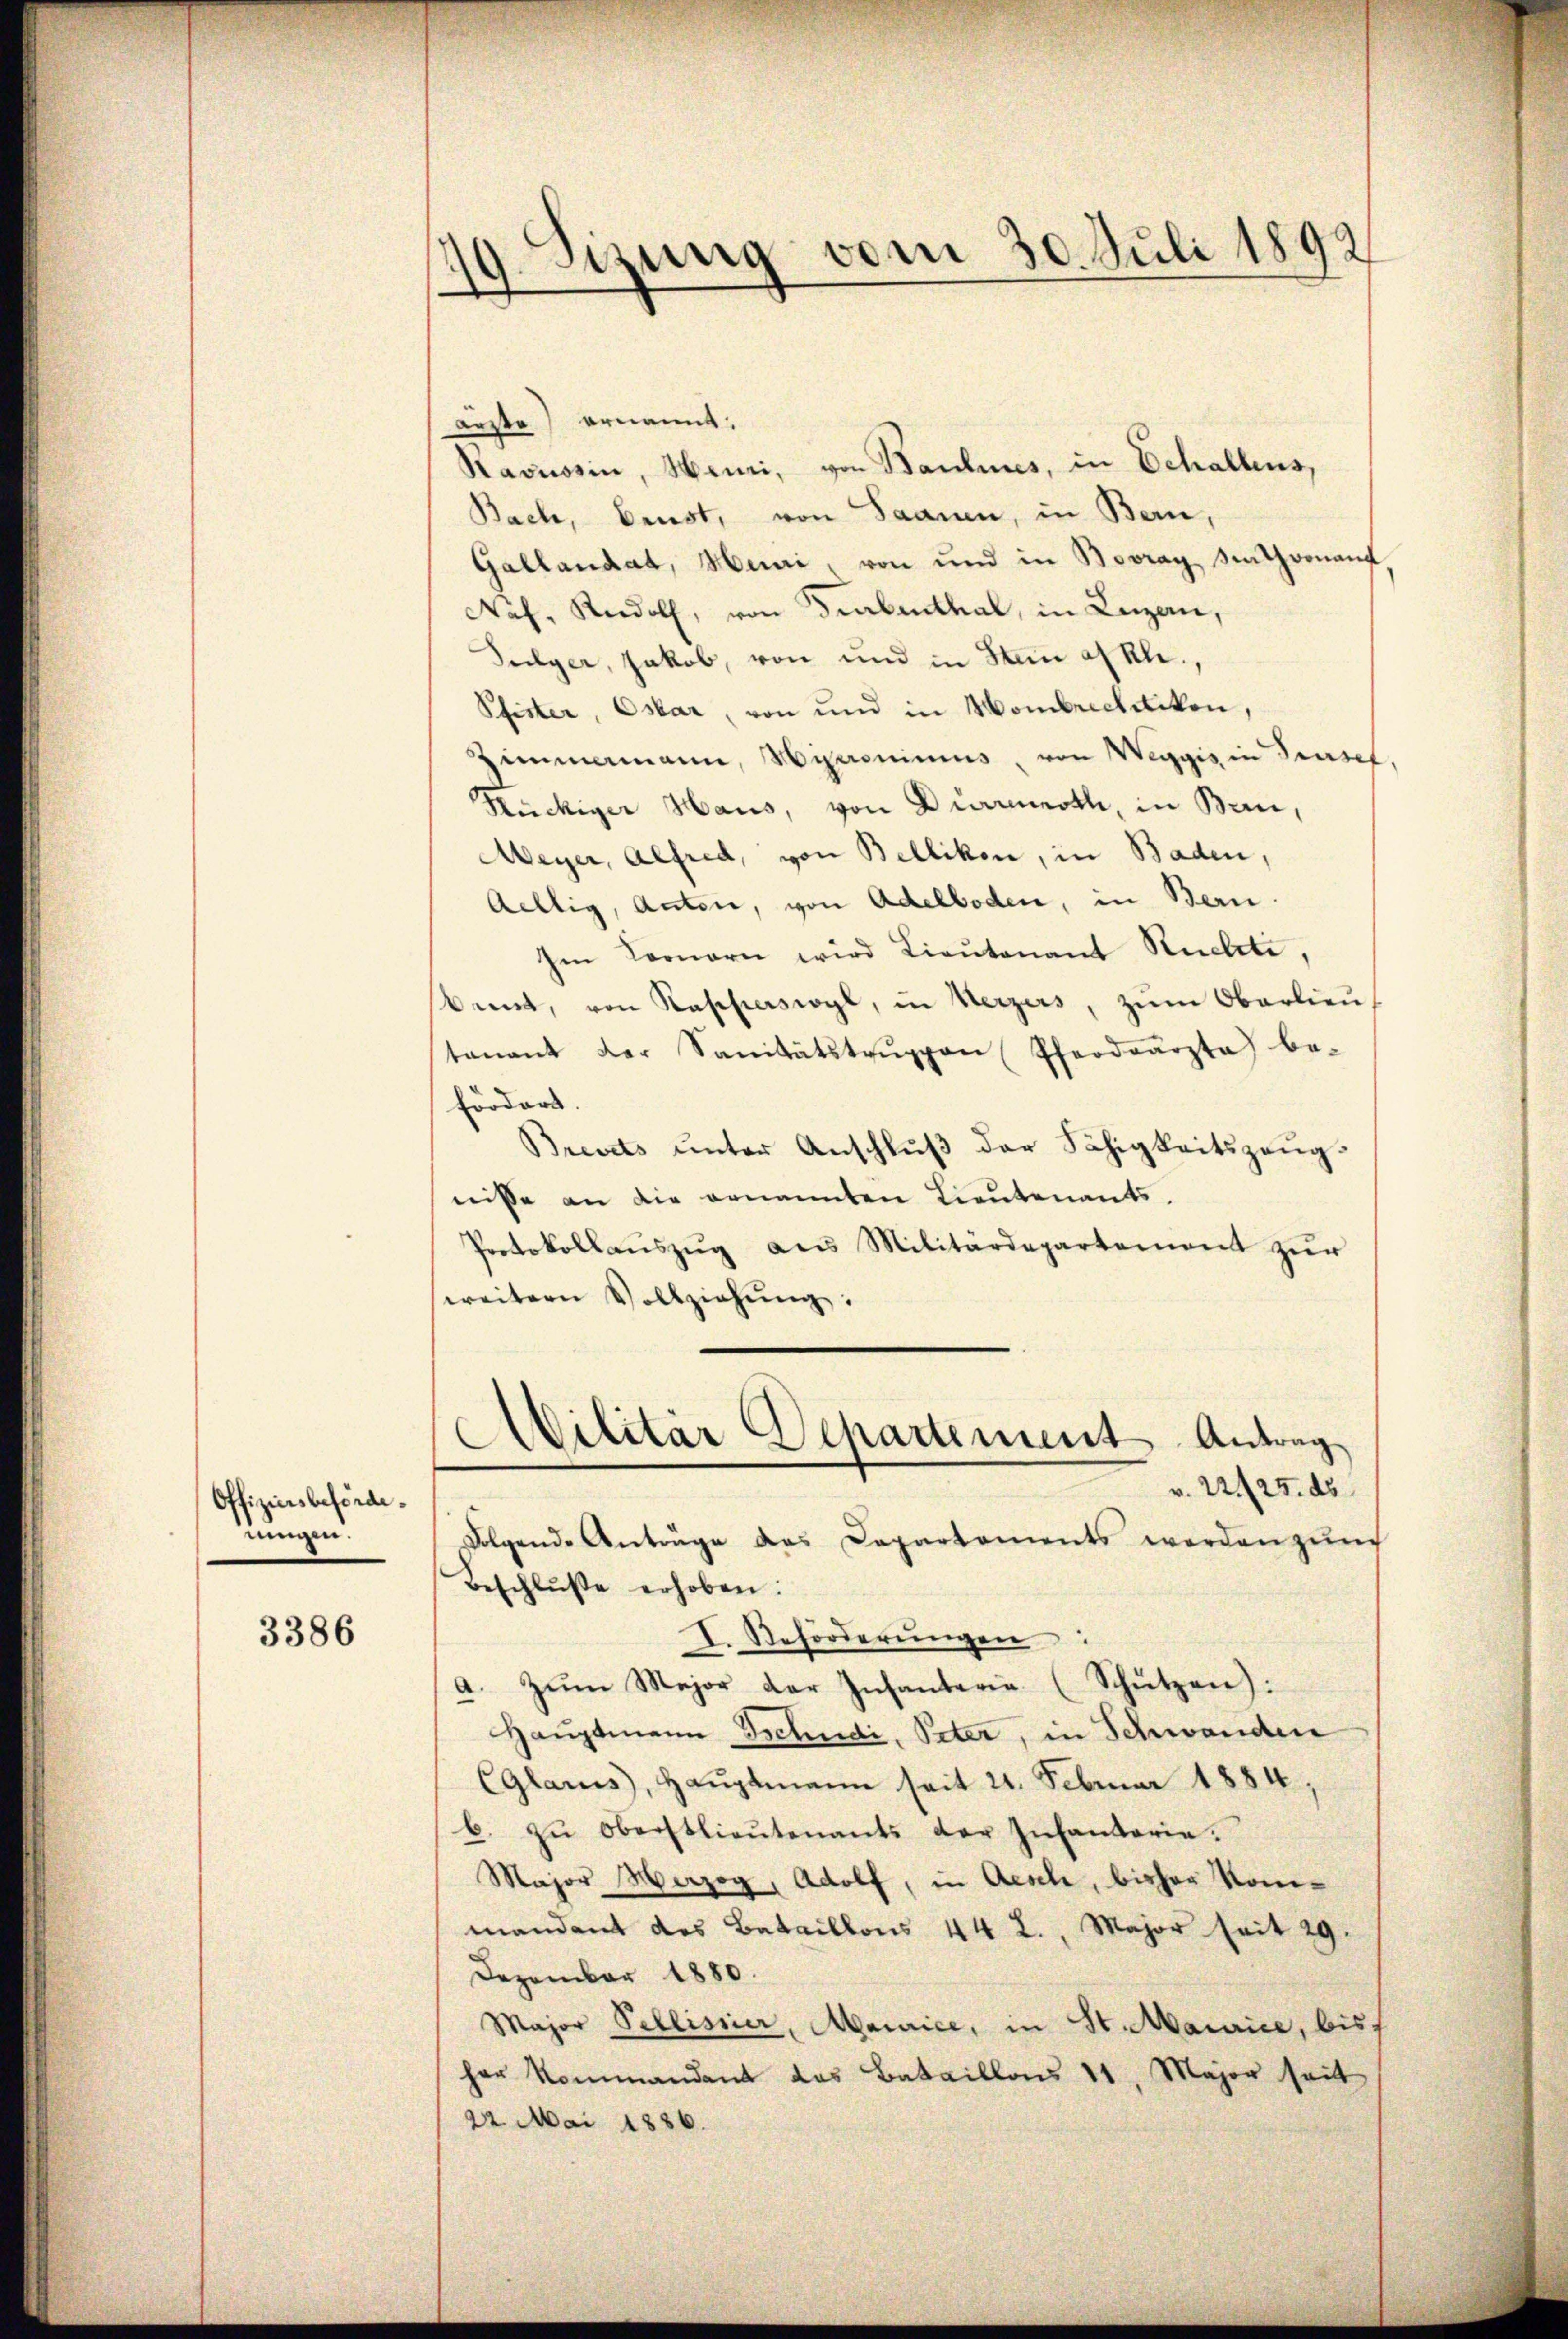
Offiziers beförde.
ningen.

3386

izung vom 30. Juli 1892
.

arste ernannt.
Ravnosin, Heuri, von Baulines, in Schallens,
Bach, Brust, von Saanen, in Bern,
Gallandat, Huni, von und in Bovray Rath von auf
Nof. Rudolf, von Turbenthal, in Lezzen,
Sulger, Jakob, von und in Stein askl.,
Pfister, Oskar, von und in Hombrechenken,
immamann, Hironimus, von Weggis in Trusef,
Kückiger Haus, von Dürrenoth, in Brin,
Meyer, Alfred, von Bellikon, in Baden,
Aellig, Antone, von Adelboden, in Bern.
Im Fernern wird Lieŭtenant Rückte,
kint, von Kapperswyl, in Verzers, zŭm Oberlieu
tenant der Sanitätstrŭppen (Pferdearzta) be-
fördert
Brevets unter Anschluß der Fähigkeitszeugnisse an die ernannten Lieutenants.
Protokollaŭszŭg als Militärdepartement zŭr
weitern Vollziehŭng:
Ailitär Departement Antrag
v. 22./25. ds
Folgende Anträge das Capartements werden zŭm
Beschlŭβe erhoben.
I. Reforderŭngen
a. Zum Major der Infanterie (Schützen):
Hauptmann Tschudi, Peter, in Schwanden
CGlarus, Haŭptmann seit 21. Februar 1884,
b. zŭ Oberstlieutenants der Infantarie.
Major Herzog, Adolf, in Aesch, bisher Kommandant des Bataillons 44 2., Major seit 29.
Dezember 1880.
Major Pellisier, Maurice, in St. Maurice, bis
her Kommandant das Bataillons 11. Major seit
22. Mai 1886.